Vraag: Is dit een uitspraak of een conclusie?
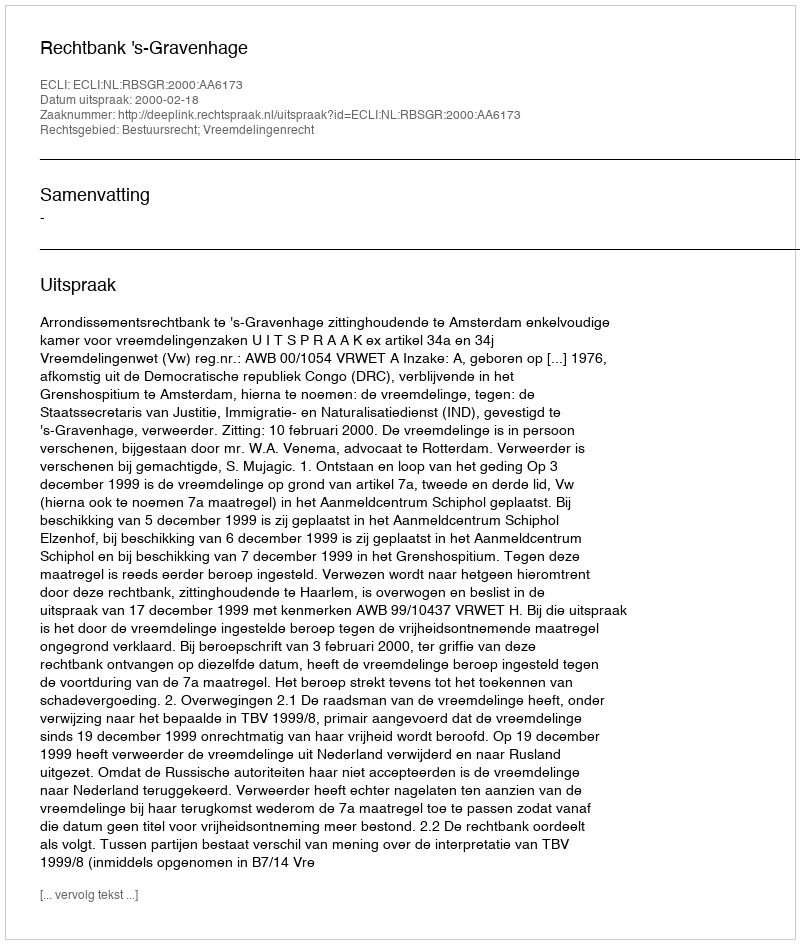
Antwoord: Uitspraak